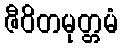
ဇီဝိတမုတ္တမံ